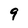
Character: 9